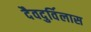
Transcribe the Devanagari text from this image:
दैवदुर्विलास